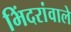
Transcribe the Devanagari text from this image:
भिंदरांवाले